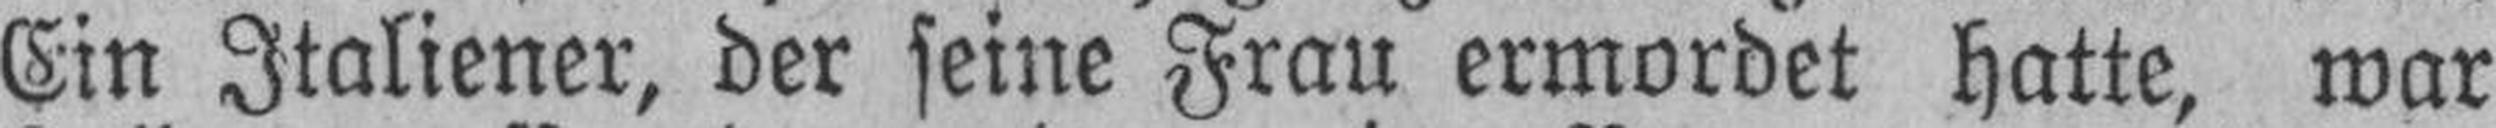
Ein Italiener, der seine Frau ermordet hatte, war